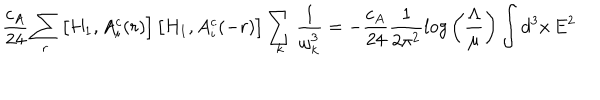
{ \frac { c _ { A } } { 2 4 } } \sum _ { r } \left[ H _ { 1 } , A _ { i } ^ { c } ( r ) \right] \left[ H _ { 1 } , A _ { i } ^ { c } ( - r ) \right] \sum _ { k } { \frac { 1 } { \omega _ { k } ^ { 3 } } } = - { \frac { c _ { A } } { 2 4 } } { \frac { 1 } { 2 \pi ^ { 2 } } } l o g \left( { \frac { \Lambda } { \mu } } \right) \int d ^ { 3 } x \, E ^ { 2 }